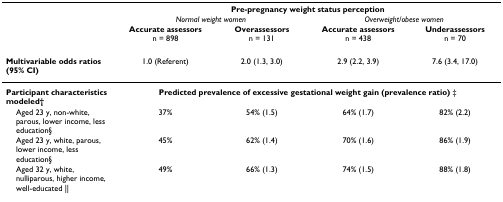
|  | <COLSPAN=4> Pre-pregnancy weight status perception |
 |  | <COLSPAN=2> Normal weight women | <COLSPAN=2> Overweight/obese women |
 |  | Accurate assessors n = 898 | Overassessors n = 131 | Accurate assessors n = 438 | Underassessors n = 70 |
 | --- | --- | --- | --- | --- |
 | Multivariable odds ratios (95% CI) | 1.0 (Referent) | 2.0 (1.3, 3.0) | 2.9 (2.2, 3.9) | 7.6 (3.4, 17.0) |
 | Participant characteristics modeled† | <COLSPAN=4> Predicted prevalence of excessive gestational weight gain (prevalence ratio) ‡ |
 | Aged 23 y, non-white, parous, lower income, less education§ | 37% | 54% (1.5) | 64% (1.7) | 82% (2.2) |
 | Aged 23 y, white, parous, lower income, less education§ | 45% | 62% (1.4) | 70% (1.6) | 86% (1.9) |
 | Aged 32 y, white, nulliparous, higher income, well-educated || | 49% | 66% (1.3) | 74% (1.5) | 88% (1.8) |